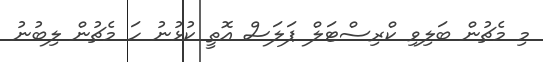
މި މެޗުން ބަލިވި ކްރިސްޓަލް ޕަލަސް އޮތީ ކުޅުނު ހަ މެޗުން ލިބުނު